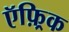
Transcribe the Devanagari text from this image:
ऍफ़्रिक